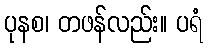
ပုနစ၊ တဖန်လည်း။ ပရံ